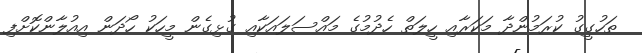
ތަހުގީގު ކުރަމުންދާ މަކަރާއި ހީލަތް ހެދުމުގެ މައްސަލައަކާއި ގުޅިގެން މީހަކު ހޯދަން އިއުލާންކޮށްފި